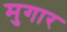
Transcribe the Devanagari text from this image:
मुगार